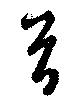
首